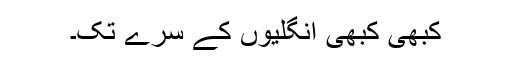
کبھی کبھی انگلیوں کے سرے تک۔